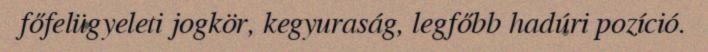
főfelügyeleti jogkör, kegyuraság, legfőbb hadúri pozíció.